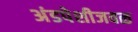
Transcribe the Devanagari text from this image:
अंडपेशीजवळ